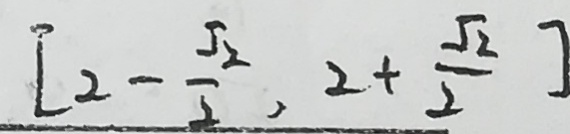
[ 2 - \frac { \sqrt { 2 } } { 2 } , 2 + \frac { \sqrt { 2 } } { 2 } ]